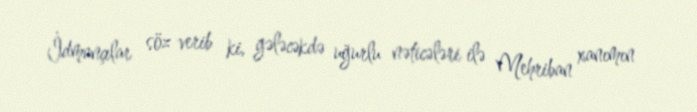
İdmançılar söz verib ki, gələcəkdə uğurlu nəticələri ilə Mehriban xanımın